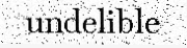
undelible